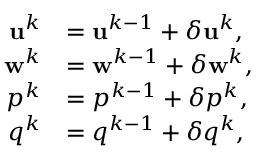
\begin{array} { r l } { \mathbf { u } ^ { k } } & { = \mathbf { u } ^ { k - 1 } + \delta \mathbf { u } ^ { k } , } \\ { \mathbf { w } ^ { k } } & { = \mathbf { w } ^ { k - 1 } + \delta \mathbf { w } ^ { k } , } \\ { p ^ { k } } & { = p ^ { k - 1 } + \delta p ^ { k } , } \\ { q ^ { k } } & { = q ^ { k - 1 } + \delta q ^ { k } , } \end{array}